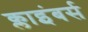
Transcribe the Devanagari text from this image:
क्लाइंबर्स